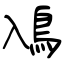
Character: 鳰